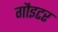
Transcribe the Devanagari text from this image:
गौइटर